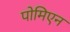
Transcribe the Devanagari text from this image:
पोमिएन